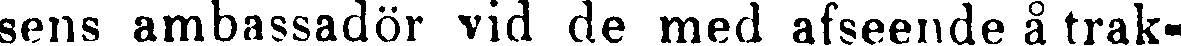
sens ambassadör vid de med afseende å trak-